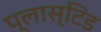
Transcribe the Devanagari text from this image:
प्लास्टिड